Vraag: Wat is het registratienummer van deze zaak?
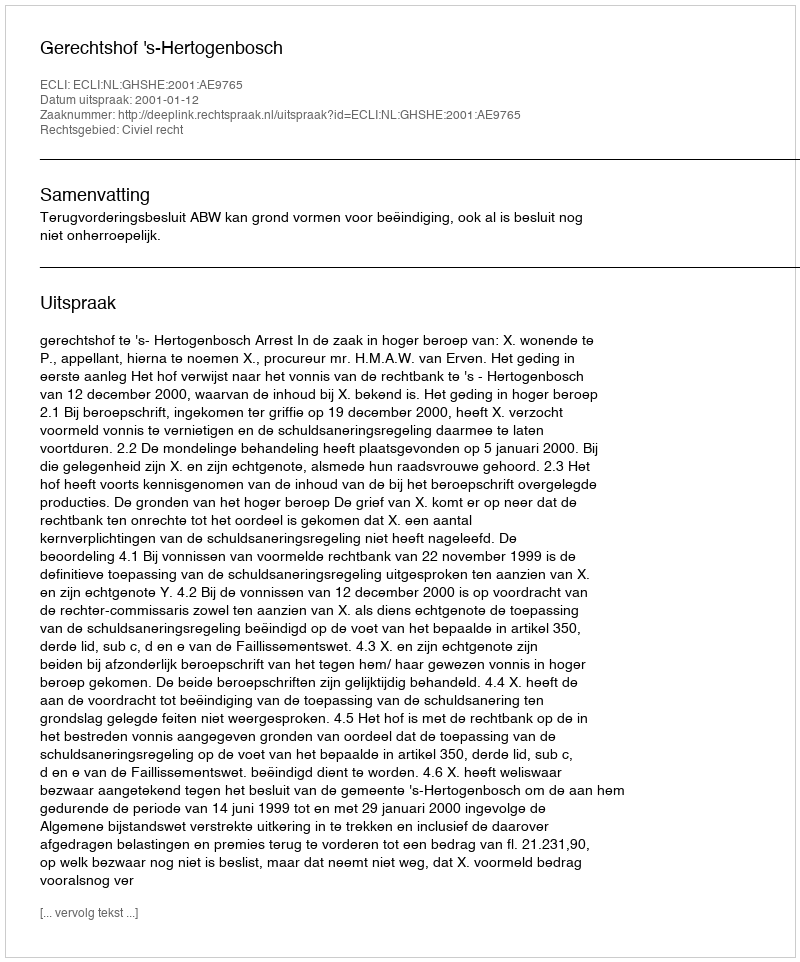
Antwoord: http://deeplink.rechtspraak.nl/uitspraak?id=ECLI:NL:GHSHE:2001:AE9765